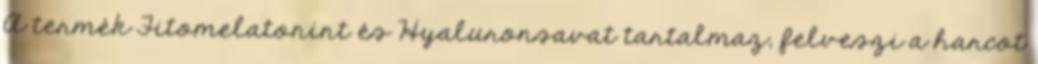
A termék Fitomelatonint és Hyaluronsavat tartalmaz, felveszi a harcot